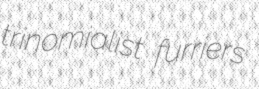
trinomialist furriers